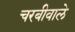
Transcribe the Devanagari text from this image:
चरबीवाले